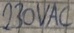
Text: 230VAC